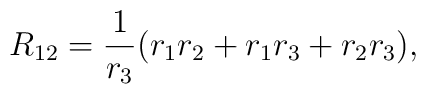
R_{12}={1\over r_3}({r_1r_2 + r_1r_3 + r_2r_3}),